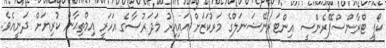
ކޯފީ ޓްރާންސްޕޭރެންސީ އިންޓަރނޭޝަނަލްގެ މަރުކަޒަށް އައިއިރު މަދަރުސާގެ އަހަރީ އިމްތިޙާން ކުރިޔަށް ދަނީއެވެ.